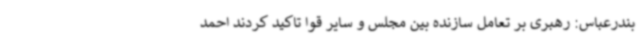
بندرعباس: رهبری بر تعامل سازنده بین مجلس و سایر قوا تاکید کردند احمد